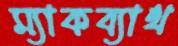
ম্যাকব্যাথ